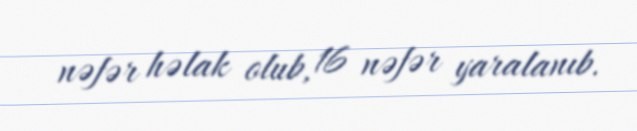
nəfər həlak olub, 16 nəfər yaralanıb.